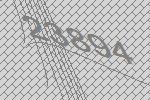
23894